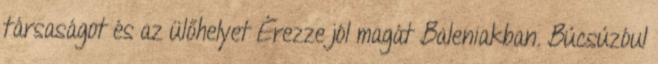
társaságot és az ülőhelyet Érezze jól magát Baleniakban. Búcsúzóul